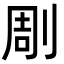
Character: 㓮